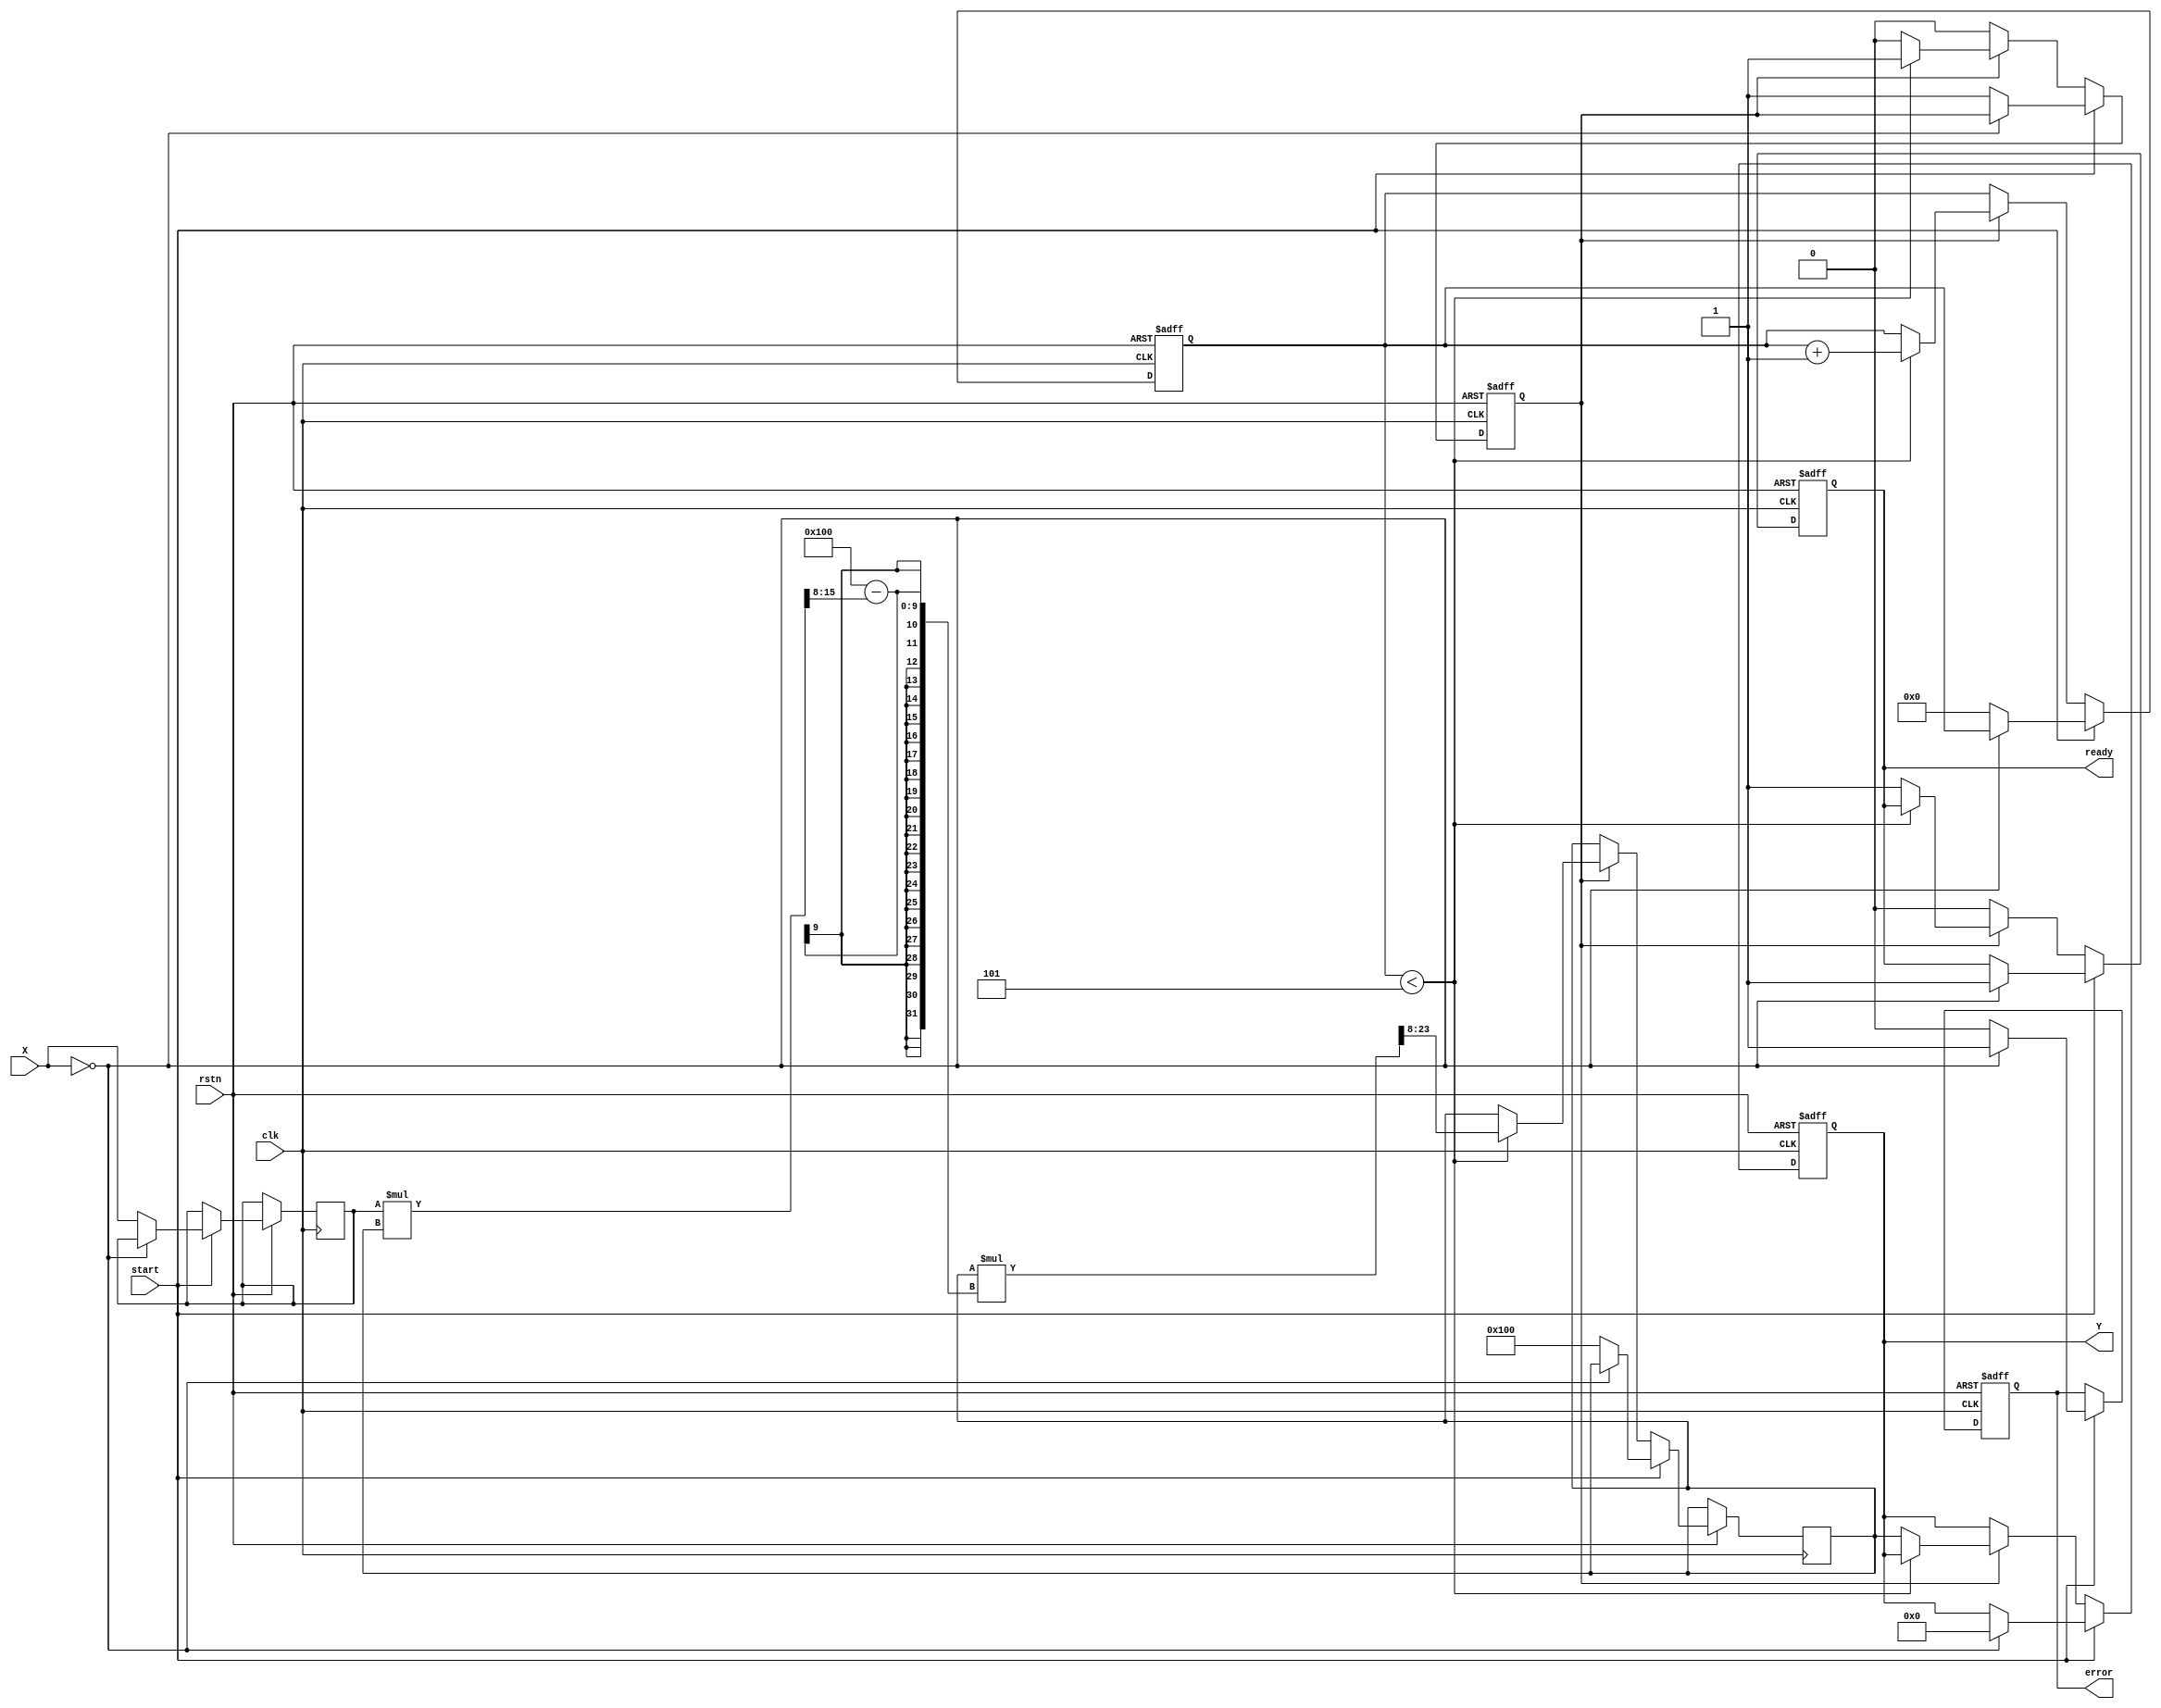
module FixedPointReciprocal #(
    parameter N = 16, // Input width
    parameter M = 16, // Output width
    parameter FRAC_BITS = 8 // Number of fractional bits
)(
    input  wire                  clk,        // Clock signal
    input  wire                  rstn,       // Active low reset
    input  wire                  start,      // Start signal
    input  wire [N-1:0]         X,          // Input data
    output reg [M-1:0]          Y,          // Output data
    output reg                  ready,       // Ready signal
    output reg                  error        // Error signal (division by zero)
);

    // Internal parameters
    localparam MAX_ITER = 5; // Maximum iterations for Newton-Raphson

    // Internal signals
    reg [N-1:0] x_reg;
    reg [M-1:0] y_reg;
    reg [3:0] iteration_count;
    reg [M-1:0] guess;
    reg [M-1:0] temp;
    reg computing;

    // State machine for reciprocal computation
    always @(posedge clk or negedge rstn) begin
        if (!rstn) begin
            Y <= 0;
            ready <= 0;
            error <= 0;
            computing <= 0;
            iteration_count <= 0;
        end else if (start) begin
            // Check for division by zero
            if (X == 0) begin
                error <= 1; // Set error signal
                Y <= 0; // Output zero or predefined value
                ready <= 1; // Indicate ready, even if error
            end else begin
                error <= 0; // Clear error
                x_reg <= X;
                guess <= (1 << (M - FRAC_BITS)); // Initial guess (1 in fixed point)
                iteration_count <= 0;
                computing <= 1;
            end
        end else if (computing) begin
            // Newton-Raphson iteration
            if (iteration_count < MAX_ITER) begin
                // y = y * (2 - x * y)
                temp = (x_reg * guess) >> FRAC_BITS; // Fixed-point multiplication
                guess = guess * (2**FRAC_BITS - temp) >> FRAC_BITS; // Update guess
                iteration_count <= iteration_count + 1;
            end else begin
                Y <= guess; // Final result
                ready <= 1; // Indicate computation is done
                computing <= 0; // Reset computing flag
            end
        end else begin
            ready <= 0; // Reset ready signal if not computing
        end
    end
endmodule